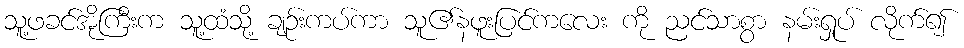
သူ့ဖခင်အိုကြီးက သူ့ထံသို့ ချဉ်းကပ်ကာ သူ၏နဖူးပြင်ကလေး ကို ညင်သာစွာ နမ်းရှုပ် လိုက်၍